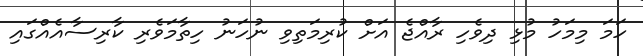
ހަމަ މިމަހު މުޅި ދިވެހި ރާއްޖެ އަށް ކުރިމަތިވި ނުހަނު ހިތާމަވެރި ކާރިސާއެއްގައި